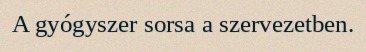
A gyógyszer sorsa a szervezetben.